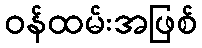
ဝန်ထမ်းအဖြစ်